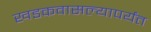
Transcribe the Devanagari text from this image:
खडकवासल्यापर्यंत